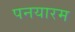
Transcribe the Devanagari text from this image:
पनयारम